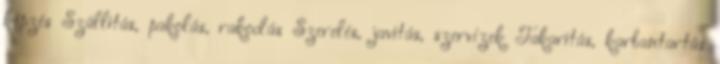
képzés Szállítás, pakolás, rakodás Szerelés, javítás, szervizek Takarítás, karbantartás